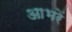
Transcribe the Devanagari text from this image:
आभरें